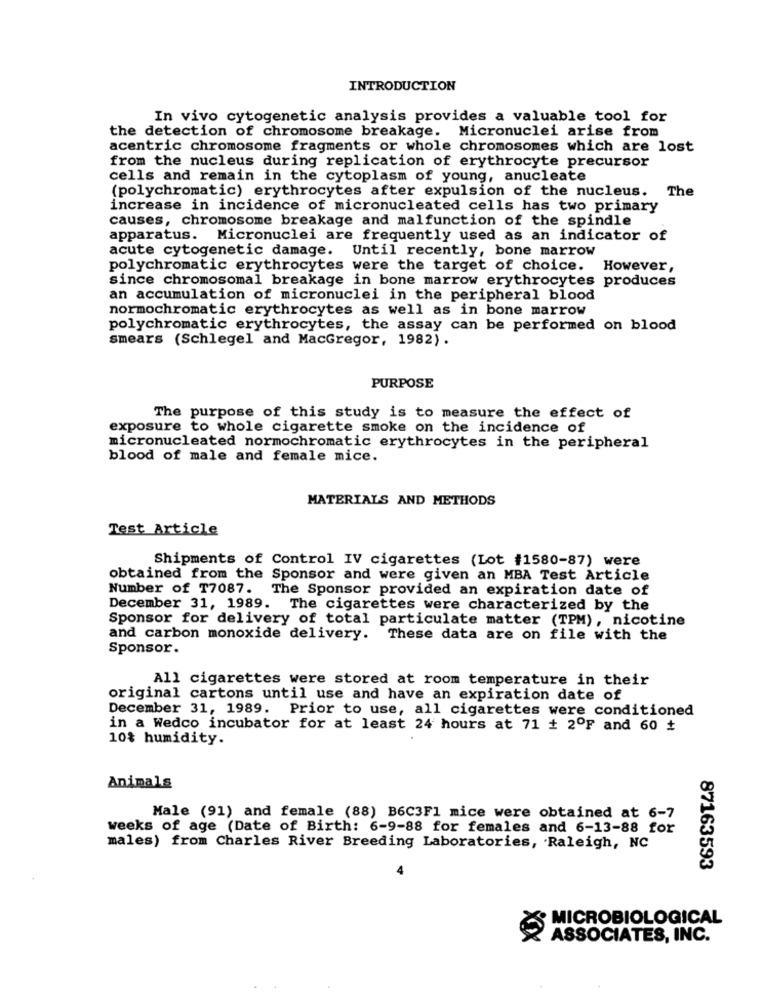
INTRODUCTION
In vivo cytogenetic analysis provides a valuable tool for
the detection of chromosome breakage. Micronuclei arise from
acentric chromosome fragments or whole chromosomes which are lost
from the nucleus during replication of erythrocyte precursor
cells and remain in the cytoplasm of young, anucleate
(polychromatic) erythrocytes after expulsion of the nucleus. The
increase in incidence of micronucleated cells has two primary
causes, chromosome breakage and malfunction of the spindle
apparatus. Micronuclei are frequently used as an indicator of
acute cytogenetic damage. Until recently, bone marrow
polychromatic erythrocytes were the target of choice. However,
since chromosomal breakage in bone marrow erythrocytes produces
an accumulation of micronuclei in the peripheral blood
normochromatic erythrocytes as well as in bone marrow
polychromatic erythrocytes, the assay can be performed on blood
smears (Schlegel and MacGregor, 1982).
PURPOSE
The purpose of this study is to measure the effect of
exposure to whole cigarette smoke on the incidence of
micronucleated normochromatic erythrocytes in the peripheral
blood of male and female mice.
MATERIALS AND METHODS
Test Article
Shipments of Control IV cigarettes (Lot #1580-87) were
obtained from the Sponsor and were given an MBA Test Article
Number of T7087. The Sponsor provided an expiration date of
December 31, 1989. The cigarettes were characterized by the
Sponsor for delivery of total particulate matter (TPM), nicotine
and carbon monoxide delivery. These data are on file with the
Sponsor.
All cigarettes were stored at room temperature in their
original cartons until use and have an expiration date of
December 31, 1989. Prior to use, all cigarettes were conditioned
in a Wedco incubator for at least 24 hours at 71 + 2ºF and 60 +
10% humidity.
Animals
Male (91) and female (88) B6C3F1 mice were obtained at 6-7
weeks of age (Date of Birth: 6-9-88 for females and 6-13-88 for
males) from Charles River Breeding Laboratories, Raleigh, NC
87163593
MICROBIOLOGICAL
XX
ASSOCIATES, INC.